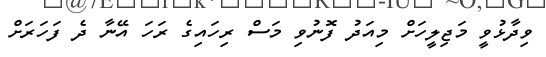
ވިދާޅުވީ މަޖިލީހަށް މިއަދު ފޮނުވި މަސް ރިހައިގެ ރަހަ އޭނާ ދެ ފަހަރަށް